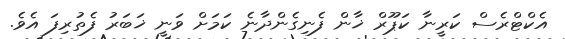
އެކްޓްރެސް ކަރީނާ ކަޕޫރް ޚާން ފެނިގެންދާނެ ކަމަށް ވަނީ ޚަބަރު ފެތުރިފަ އެވެ.